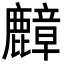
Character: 𪋟